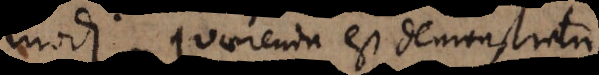
modi. Quaerenda est demonstratio